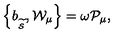
\left\{ b _ { _ { \widetilde { \mathcal { S } } } } , \mathcal { W } _ { \mu } \right\} = \omega \mathcal { P } _ { \mu } ,